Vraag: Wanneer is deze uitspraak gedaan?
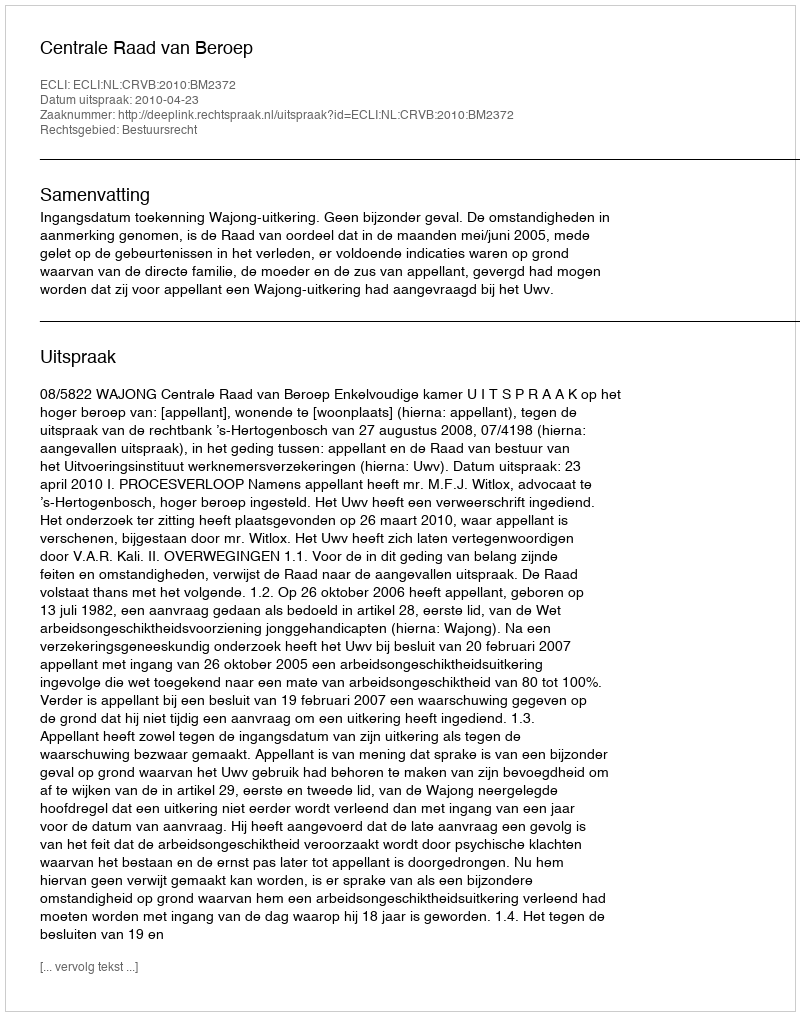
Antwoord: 2010-04-23